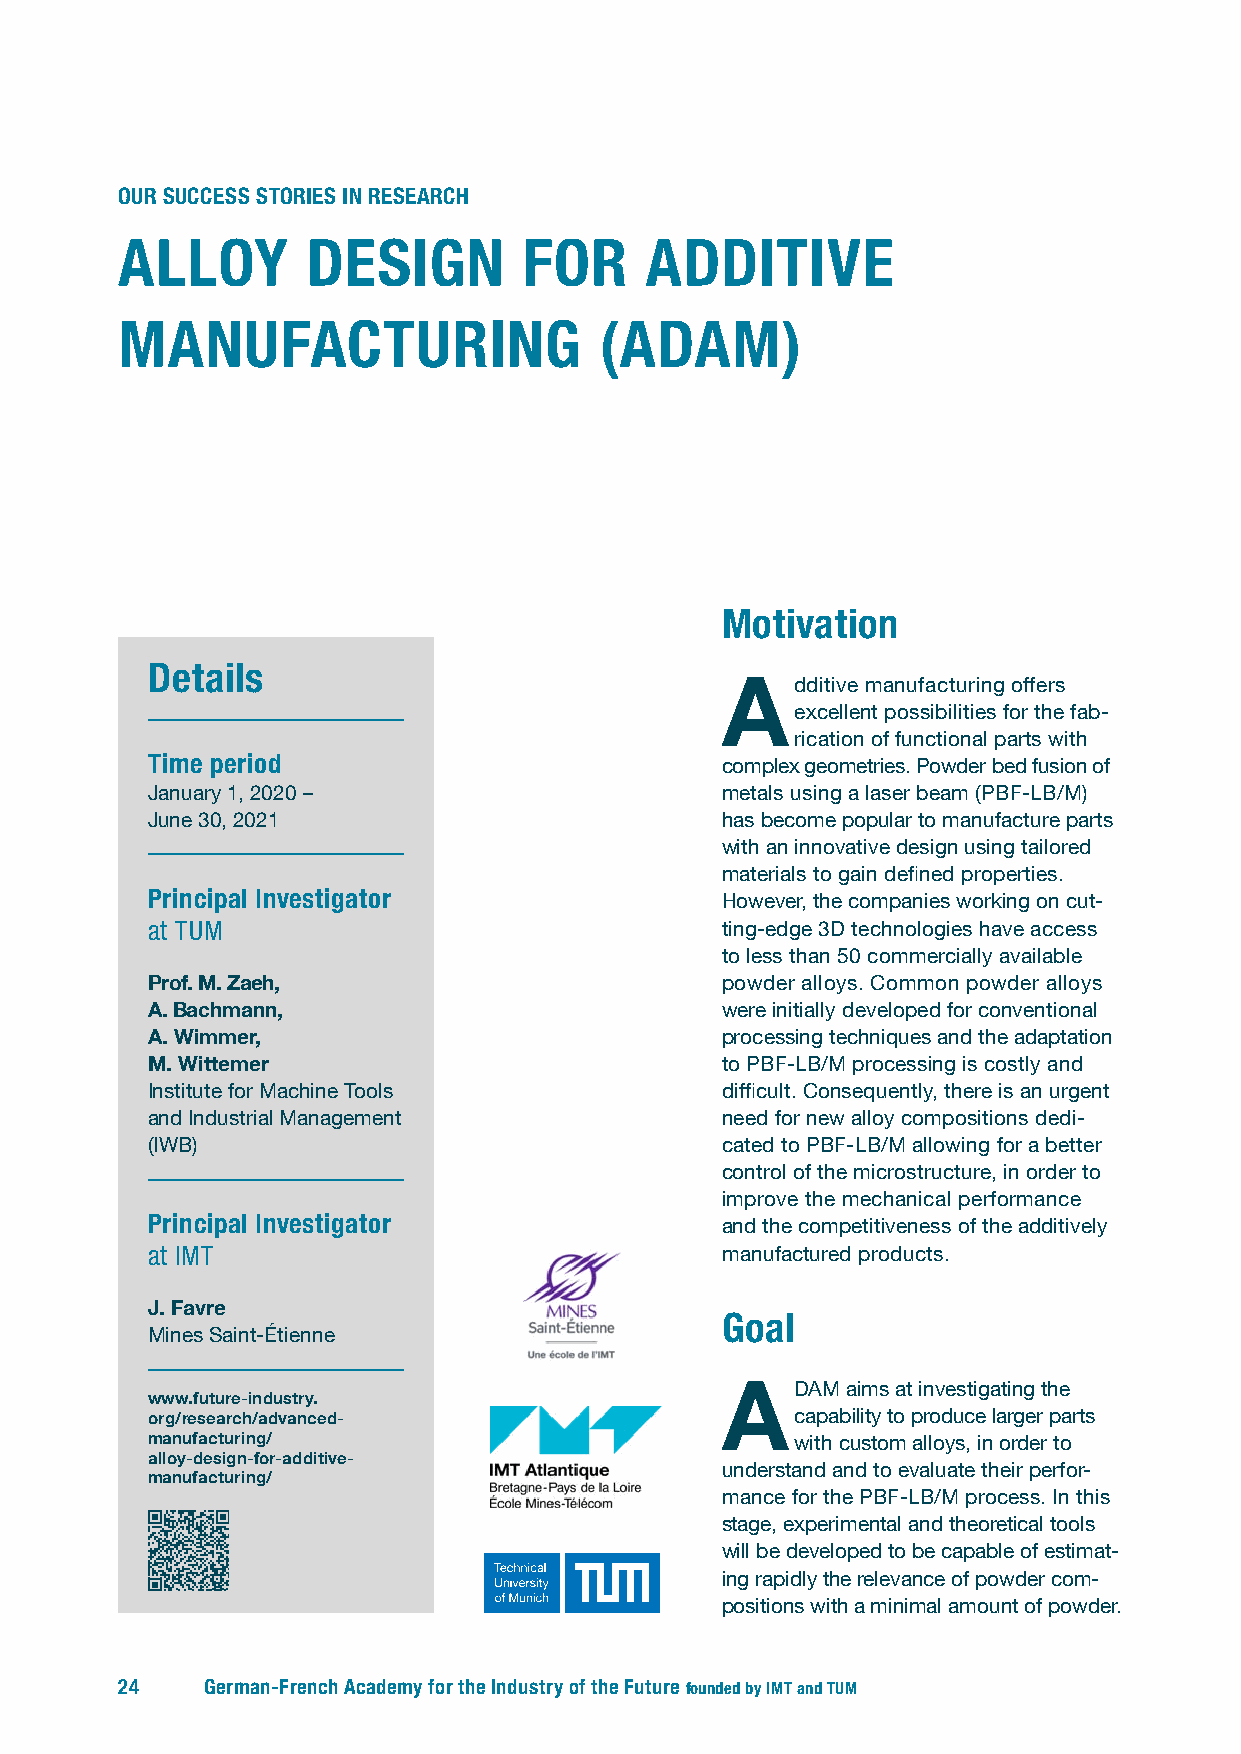
OUR SUCCESS STORIES IN RESEARCH
 ALLOY       DESIGN         FOR     ADDITIVE
 MANUFACTURING                   (ADAM)
 Motivation
 Details
 Additive manufacturing offers
 excellent possibilities for the fab-
 rication of functional parts with
 Time period                           complex geometries. Powder bed fusion of
 January 1, 2020 –                     metals using a laser beam (PBF-LB/M)
 June 30, 2021                         has become popular to manufacture parts
 with an innovative design using tailored
 materials to gain defined properties.
 Principal Investigator                However, the companies working on cut-
 at TUM                                ting-edge 3D technologies have access
 to less than 50 commercially available
 Prof. M. Zaeh,                        powder alloys. Common powder alloys
 A. B achmann,                         were initially developed for conventional
 A. Wimmer,                            processing techniques and the adaptation
 M. Wittemer                           to PBF-LB/M processing is costly and
 Institute for Machine Tools           difficult. Consequently, there is an urgent
 and Industrial Management             need for new alloy compositions dedi-
 (IWB)                                 cated to PBF-LB/M allowing for a better
 control of the microstructure, in order to
 improve the mechanical performance
 Principal Investigator                and the competitiveness of the additively
 at IMT                                manufactured products.
 J. Favre
 Goal
 Mines Saint-Étienne
 ADAM    aims at investigating the
 www.future-industry.
 org/ research/advanced-                    capability to produce larger parts
 manufacturing/                             with custom alloys, in order to
 alloy-design- for-additive-
 understand and to evaluate their perfor-
 manufacturing/
 mance for the PBF-LB/M process. In this
 stage, experimental and theoretical tools
 will be developed to be capable of estimat-
 ing rapidly the relevance of powder com-
 positions with a minimal amount of powder.
 24    German-French Academy for the Industry of the Future founded by IMT and TUM